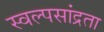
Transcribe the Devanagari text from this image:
स्वल्पसांद्रता